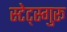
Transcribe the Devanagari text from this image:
स्टेट्स्गुरू